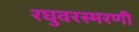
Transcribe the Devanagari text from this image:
रघुवरस्मरणी